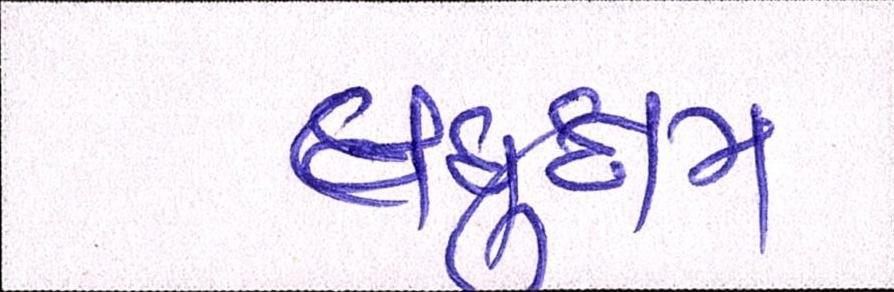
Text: લઘુત્તમ